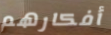
أفكارهم